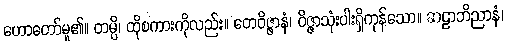
ဟောတော်မူ၏။ တမ္ပိ၊ ထိုစကားကိုလည်း။ တေဝိဇ္ဇာနံ၊ ဝိဇ္ဇာသုံးပါးရှိကုန်သော။ ဆဠာဘိညာနံ၊